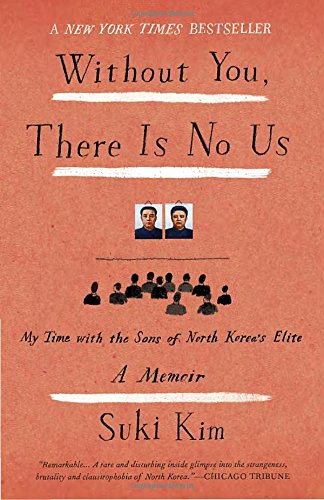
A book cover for Without You, There Is No Us: My Time with the Sons of North Korea's Elite; Suki Kim; Biographies & Memoirs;